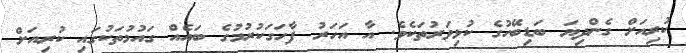
ކުރިއަށް ގެންދިޔަ ބަޑިބޭހުގެ ކުޅިވަރުތަކެވެ. އާ އަހަރު ފާހަަގަކުރުމުގެ ބައެއް ގައުމުތަކުގައި ކުރިއަށް